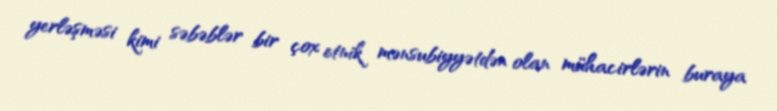
yerləşməsi kimi səbəblər bir çox etnik mənsubiyyətdən olan mühacirlərin buraya